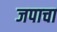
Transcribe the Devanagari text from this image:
जपाचा